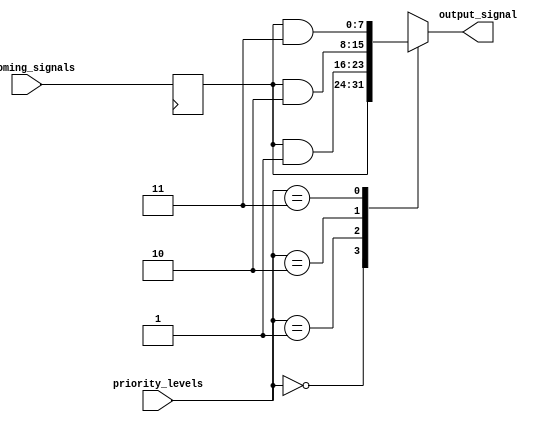
module Priority_Bypass_Register (
    input wire [7:0] incoming_signals,
    input wire [1:0] priority_levels,
    output reg [7:0] output_signal
);

// Synchronize incoming signals
reg [7:0] synchronized_signals;

always @ (posedge clk) begin
    synchronized_signals <= incoming_signals;
end

// Priority logic
always @ (*) begin
    case (priority_levels)
        2'b00: output_signal <= synchronized_signals; // Bypass signal
        2'b01: output_signal <= synchronized_signals & 8'b00000001; // prioritize signal with bit 0
        2'b10: output_signal <= synchronized_signals & 8'b00000010; // prioritize signal with bit 1
        2'b11: output_signal <= synchronized_signals & 8'b00000011; // prioritize signals with bits 0 and 1
        default: output_signal <= synchronized_signals;
    endcase
end

endmodule